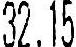
32.15